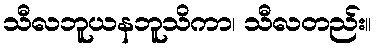
သီလဘူယနဘူသိကာ၊ သီလတည်း။